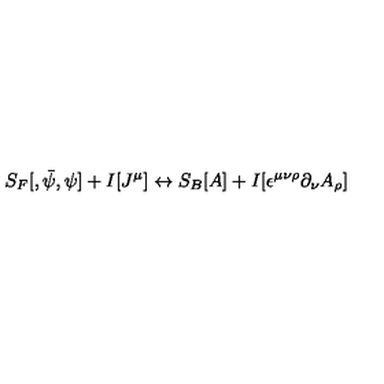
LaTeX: S _ { F } [ , { \bar { \psi } } , \psi ] + I [ J ^ { \mu } ] \leftrightarrow S _ { B } [ A ] + I [ \epsilon ^ { \mu \nu \rho } \partial _ { \nu } A _ { \rho } ]